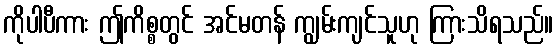
ကိုပါပီကား ဤကိစ္စတွင် အင်မတန် ကျွမ်းကျင်သူဟု ကြားသိရသည်။